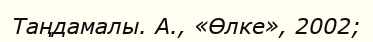
Таңдамалы. А., «Өлке», 2002;